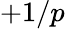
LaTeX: +1/p